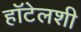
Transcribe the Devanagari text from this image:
हॉटेलशी